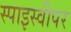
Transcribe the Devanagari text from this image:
स्पाइस्वीपर